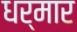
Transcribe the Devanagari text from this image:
धर्मार